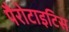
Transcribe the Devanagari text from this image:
पैरोटाइटिस